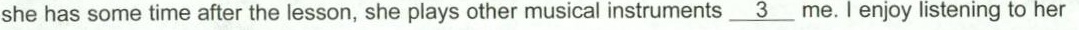
she has sometime after the lesson, she plays other musical instruments \underline{ 3} me.I enjoy listening to her